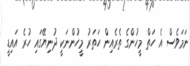
ނަމަވެސް އެ ހަތް މީހުންގެ ތެރެއިން ހަތަރު މީހުންނަކީ ދުނިޔޭގައި ހުރެ އައިޑީ